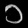
Digit: ၁